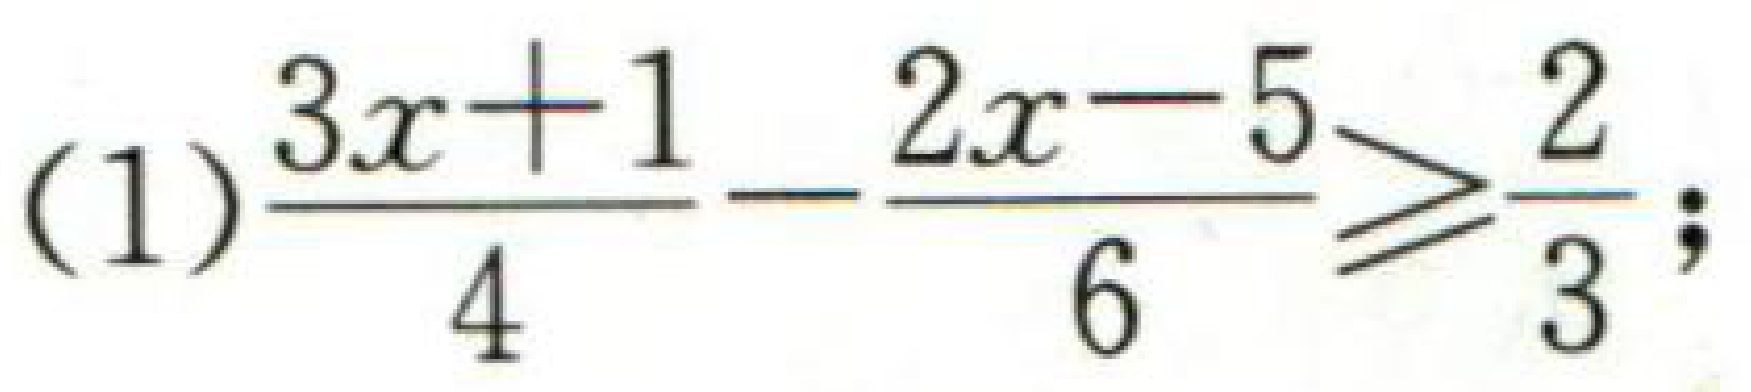
(1)$\frac{3x + 1}{4}-\frac{2x - 5}{6}\geqslant\frac{2}{3}$;